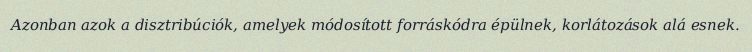
Azonban azok a disztribúciók, amelyek módosított forráskódra épülnek, korlátozások alá esnek.